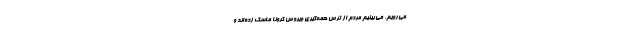
می‌رویم، می‌بینیم مردم از ترس همه‌گیریِ ویروس کرونا ماسک زده‌اند و